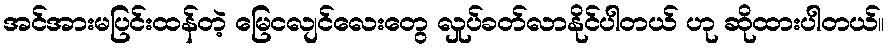
အင်အားမပြင်းထန်တဲ့ မြေငလျင်လေးတွေ လှုပ်ခတ်လာနိုင်ပါတယ် ဟု ဆိုထားပါတယ်။